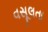
વસૂલતા